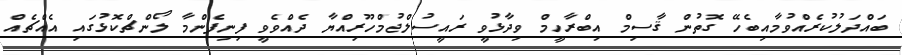
ބައްދަލުކުރެއްވުމާއިބެހޭ ގޮތުން ޤާސިމް އިބްރާހީމް ވިދާޅުވީ ރައީސުލްޖުމްހޫރިއްޔާ ދެއްވެވީ ފިނިފެންމާ ލޯންޗްކޮޅުގައި އެއްޗެއް